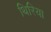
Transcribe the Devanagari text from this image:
थिरिया